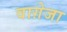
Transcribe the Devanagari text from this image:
वाग़ेजा